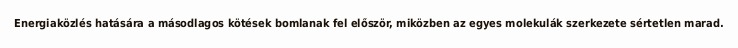
Energiaközlés hatására a másodlagos kötések bomlanak fel először, miközben az egyes molekulák szerkezete sértetlen marad.